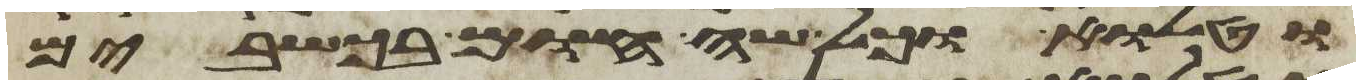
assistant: וטלוא וכל שה חום בכשבים